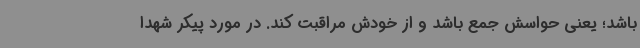
باشد؛ یعنی حواسش جمع باشد و از خودش مراقبت کند. در مورد پیکر شهدا